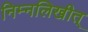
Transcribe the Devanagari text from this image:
निम्नलिखीत्